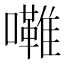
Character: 𱕦